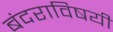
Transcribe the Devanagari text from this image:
बंदराविषयी